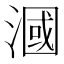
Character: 漍